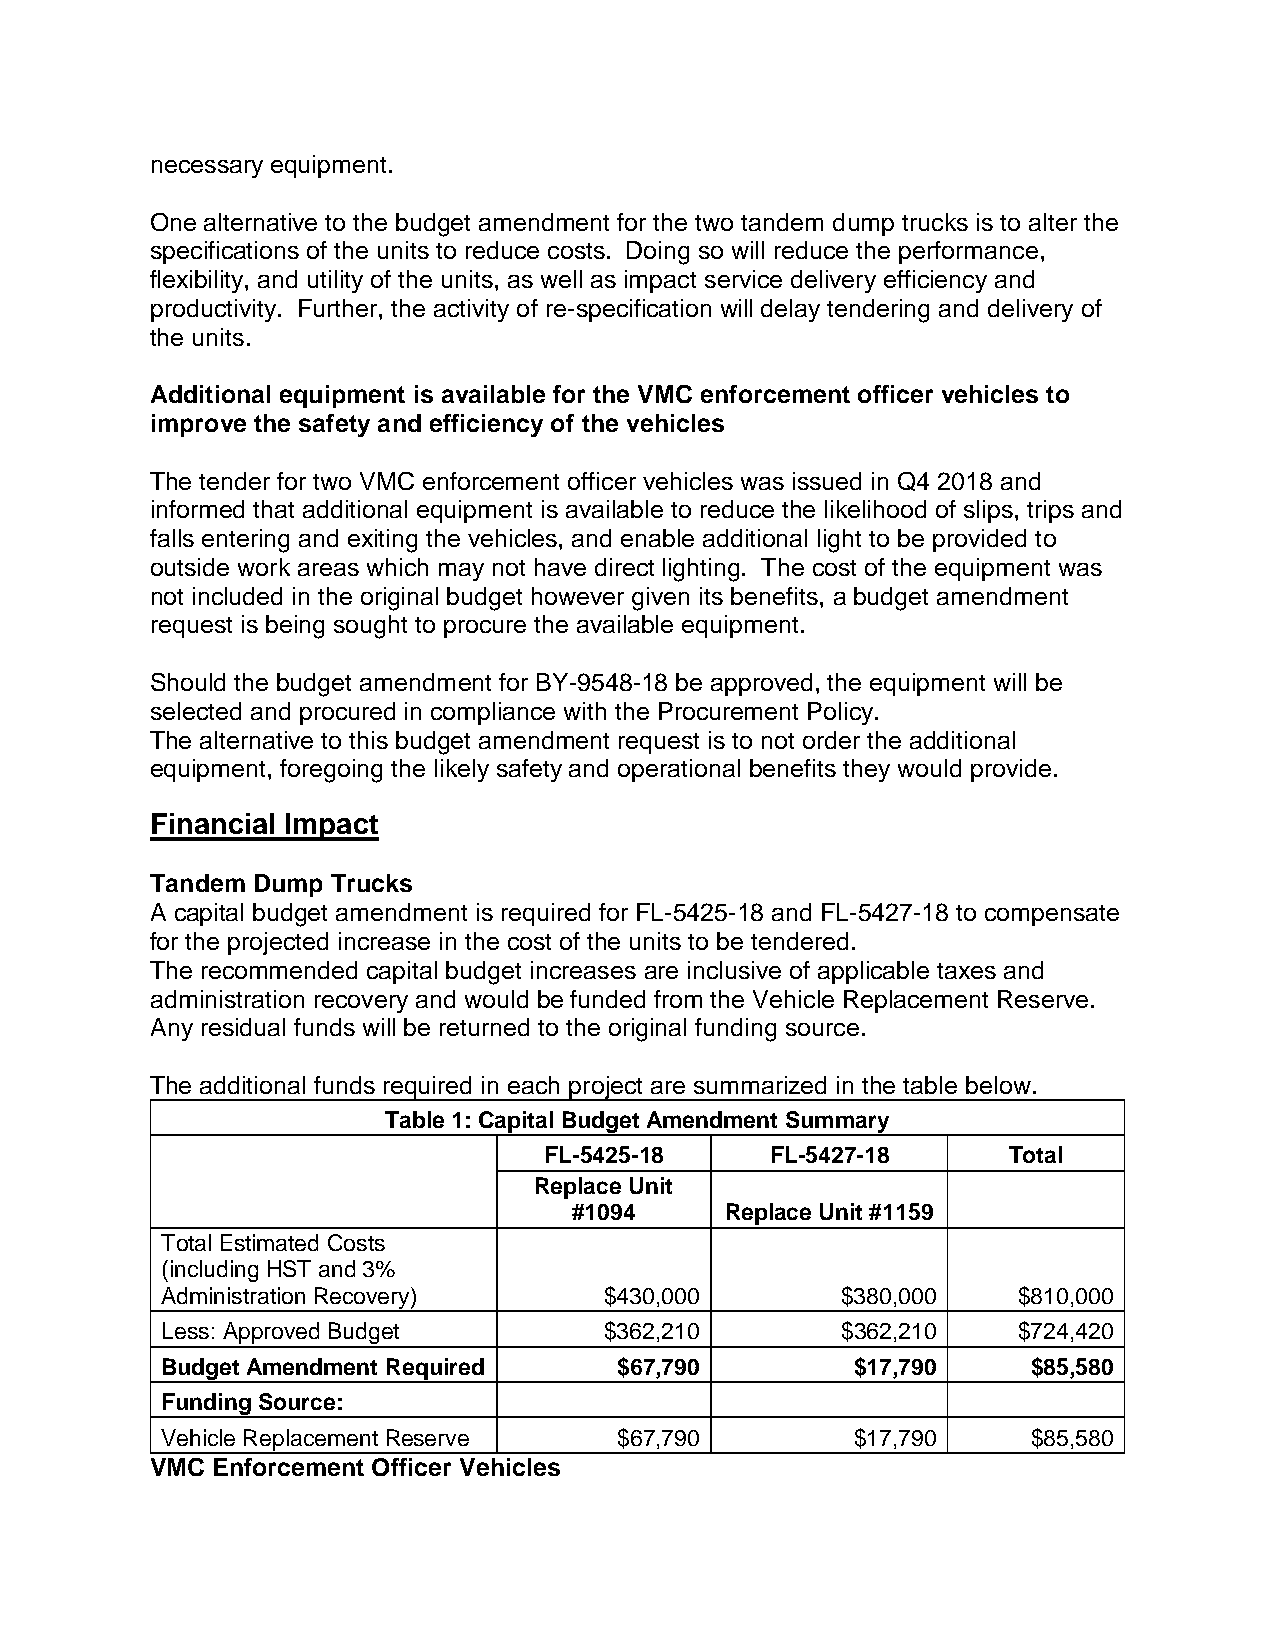
necessary equipment.
 One alternative to the budget amendment for the two tandem dump trucks is to alter the
 specifications of the units to reduce costs. Doing so will reduce the performance,
 flexibility, and utility of the units, as well as impact service delivery efficiency and
 productivity. Further, the activity of re-specification will delay tendering and delivery of
 the units.
 Additional equipment is available for the VMC enforcement officer vehicles to
 improve the safety and efficiency of the vehicles
 The tender for two VMC enforcement officer vehicles was issued in Q4 2018 and
 informed that additional equipment is available to reduce the likelihood of slips, trips and
 falls entering and exiting the vehicles, and enable additional light to be provided to
 outside work areas which may not have direct lighting. The cost of the equipment was
 not included in the original budget however given its benefits, a budget amendment
 request is being sought to procure the available equipment.
 Should the budget amendment for BY-9548-18 be approved, the equipment will be
 selected and procured in compliance with the Procurement Policy.
 The alternative to this budget amendment request is to not order the additional
 equipment, foregoing the likely safety and operational benefits they would provide.
 Financial Impact
 Tandem Dump Trucks
 A capital budget amendment is required for FL-5425-18 and FL-5427-18 to compensate
 for the projected increase in the cost of the units to be tendered.
 The recommended capital budget increases are inclusive of applicable taxes and
 administration recovery and would be funded from the Vehicle Replacement Reserve.
 Any residual funds will be returned to the original funding source.
 The additional funds required in each project are summarized in the table below.
 Table 1: Capital Budget Amendment Summary
 FL-5425-18     FL-5427-18      Total
 Replace Unit
 #1094     Replace Unit #1159
 Total Estimated Costs
 (including HST and 3%
 Administration Recovery)     $430,000        $380,000   $810,000
 Less: Approved Budget        $362,210        $362,210   $724,420
 Budget Amendment Required     $67,790         $17,790    $85,580
 Funding Source:
 Vehicle Replacement Reserve   $67,790         $17,790    $85,580
 VMC Enforcement Officer Vehicles